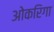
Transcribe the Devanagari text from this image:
ओकरिगा